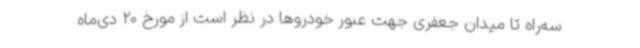
سه‌راه تا میدان جعفری جهت عبور خودروها در نظر است از مورخ 20 دی‌ماه